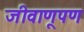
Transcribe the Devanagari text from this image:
जीवाणूपण